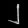
Digit: ၂